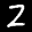
Label: 2